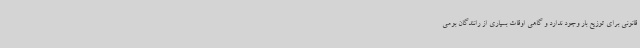
قانونی برای توزیع بار وجود ندارد و گاهی اوقات بسیاری از رانندگان بومی